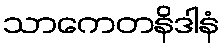
သာကေတနိဒါနံ